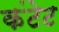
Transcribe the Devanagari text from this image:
कंटेट